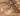
شيء